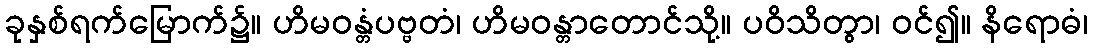
ခုနှစ်ရက်မြောက်၌။ ဟိမဝန္တံပဗ္ဗတံ၊ ဟိမဝန္တာတောင်သို့။ ပဝိသိတွာ၊ ဝင်၍။ နိရောဓံ၊